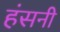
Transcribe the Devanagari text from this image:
हंसनी